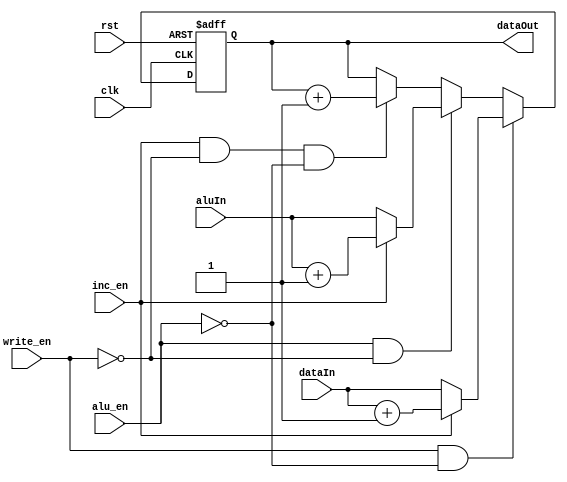
module acc
(
	input [15:0] dataIn,
	input [15:0] aluIn,
	input write_en,
	input inc_en,
	input rst,
	input clk,
	input alu_en,
	output reg [15:0] dataOut
	
);

always @(posedge clk or negedge rst)
begin
	if(~rst)
	begin
		dataOut <= 16'd0;
	end
	
	else if(write_en && ~alu_en)
	begin
	dataOut = dataIn;
	if(inc_en)
		dataOut = dataOut + 16'd1;
	end
	
	else if(alu_en && ~write_en)
	begin
	dataOut = aluIn;
	if(inc_en)
		dataOut = dataOut + 16'd1;
	end
	
	else if(inc_en && ~write_en && ~alu_en)
	begin
	dataOut <= dataOut + 16'd1;
	end
	
end


endmodule